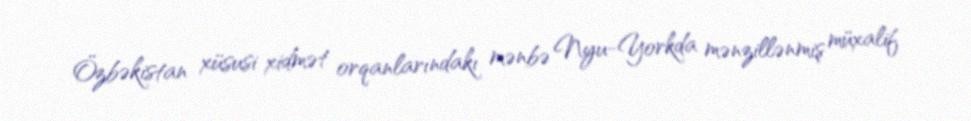
Özbəkistan xüsusi xidmət orqanlarındakı mənbə Nyu-Yorkda mənzillənmiş müxalif